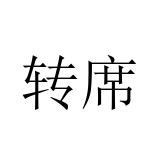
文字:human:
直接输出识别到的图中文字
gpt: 转席